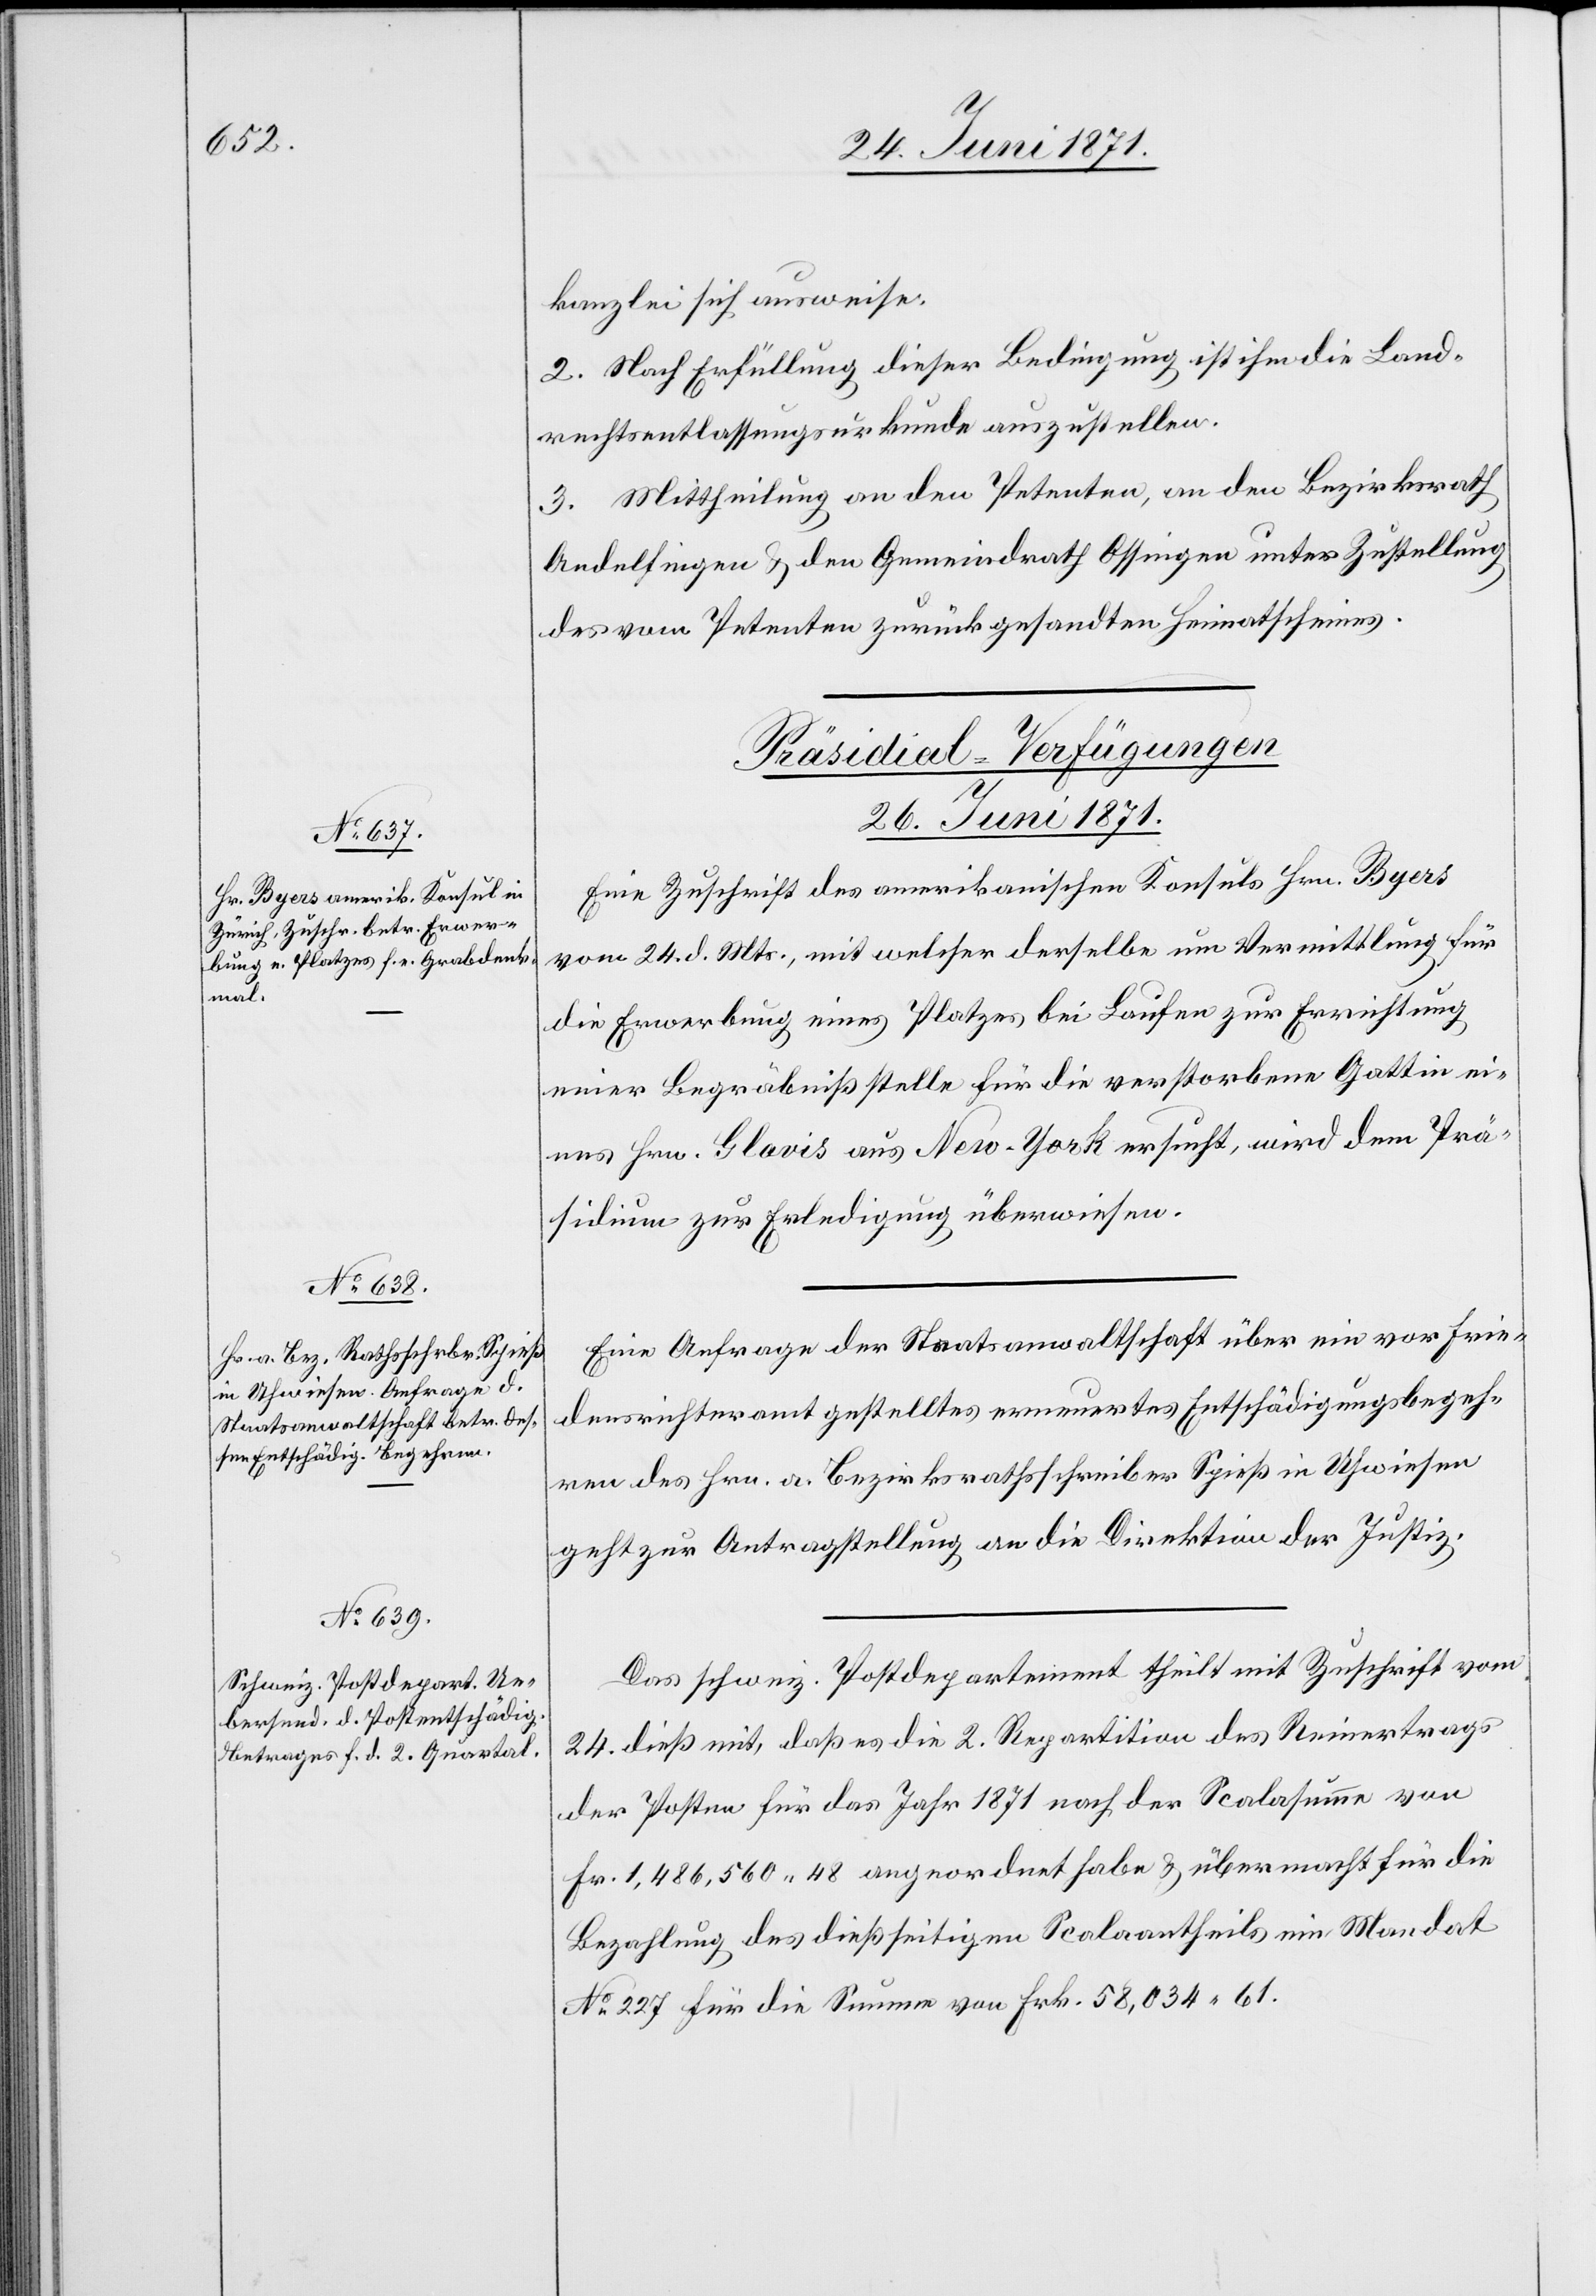
kanzlei sich ausweise.
2. Nach Erfüllung dieser Bedingung ist ihm die Land¬
rechtsentlassungsurkunde auszustellen.
3. Mittheilung an den Petenten, an den Bezirksrath
Andelfingen u. den Gemeindrath Ossingen unter Zustellung
des vom Petenten zurückgesandten Heimatscheines.
[Präsidial-Verfügungen
26. Juni 1871.]
Eine Zuschrift des amerikanischen Konsuls Hrn. Byers
vom 24. d. Mts., mit welcher derselbe um Vermittlung für
die Erwerbung eines Platzes bei Laufen zur Errichtung
einer Begräbnißstelle für die verstorbene Gattin ei¬
nes Hrn. Glavis aus New-York ersucht, wird dem Prä¬
sidium zur Erledigung überwiesen.
Eine Anfrage der Staatsanwaltschaft über ein vor Frie¬
densrichteramt gestelltes erneuertes Entschädigungsbegeh¬
ren des Hrn. a. Bezirksrathsschreiber Spieß in Uhwiesen
geht zur Antragstellung an die Direktion der Justiz.
Das schweiz. Postdepartement theilt mit Zuschrift vom
24. dieß mit, daß es die 2. Repartition des Reinertrags
der Posten für das Jahr 1871 nach der Scalasumme von
Fr. 1,486,560.48 angeordnet habe u. übermacht für die
Bezahlung des dießseitigen Scalaantheils ein Mandat
No. 227 für die Summe von Frk. 58,034.61.